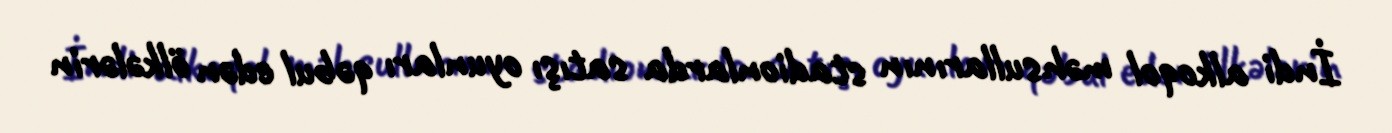
İndi alkoqol məhsullarının stadionlarda satışı oyunları qəbul edən ölkələrin